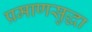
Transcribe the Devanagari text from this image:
प्रमाणसुद्धा